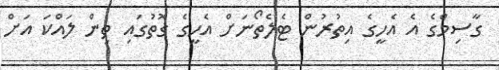
ގާސިމްގެ އެ އެހީގެ އިތުރުން ޓެލެތޯނަށް އެހީގެ ގޮތުގައި ތިން ލައްކަ އަށް